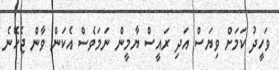
ވަހީދު ކަމަށް ވިޔަސް އަދި ރައީސް ޔާމީން ނަމަވެސް އެކަން ވާން ޖެހޭނެ